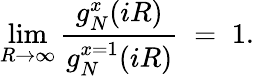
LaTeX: \operatorname*{lim}_{R\rightarrow\infty}{\frac{g_{N}^{x}(iR)}{g_{N}^{x=1}(iR)}}\; =\; 1.